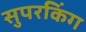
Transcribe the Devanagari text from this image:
सुपरकिंग